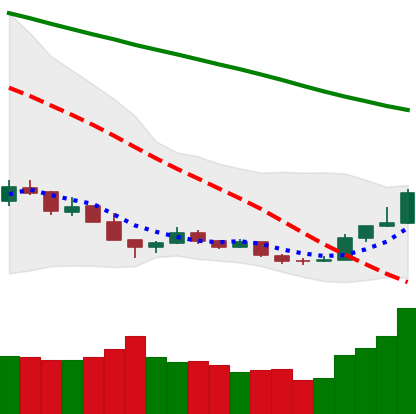
Ticker: BTC-USD
Chart end date: 2018-12-20
Forward return: -7.714%
Label: down_7plus